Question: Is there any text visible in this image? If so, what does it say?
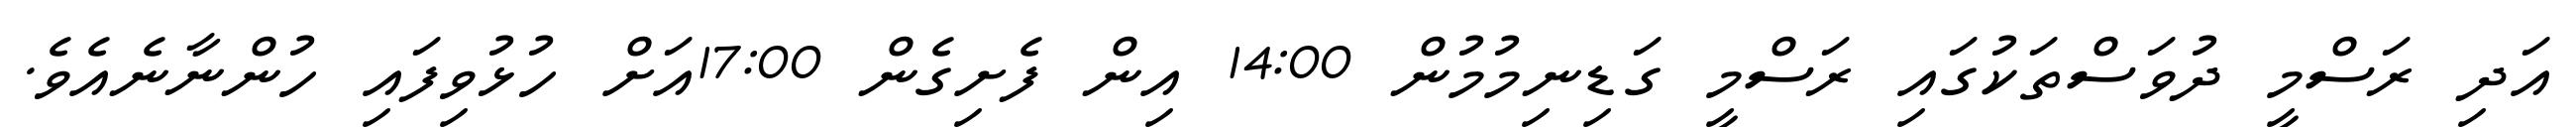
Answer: އަދި ރަސްމީ ދުވަސްތަކުގައި ރަސްމީ ގަޑިނިމުމުން 14:00 އިން ފެށިގެން 17:00އަށް ހުޅުވިފައި ހުންނާނެއެވެ.